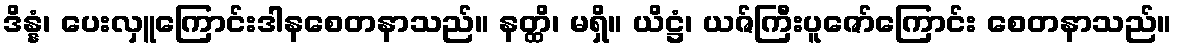
ဒိန္နံ၊ ပေးလှူကြောင်းဒါနစေတနာသည်။ နတ္ထိ၊ မရှိ။ ယိဋ္ဌံ၊ ယဇ်ကြီးပူဇော်ကြောင်း စေတနာသည်။